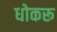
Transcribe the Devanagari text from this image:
धोकरू